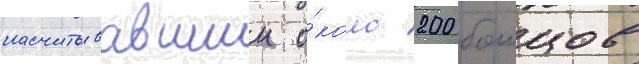
насчитывавшии о́коло 200 боицов